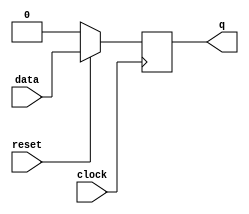
module dff_synchronous(q, reset, clock, data);// d_flipflop with synchronous reset
   input reset, clock, data;
   output q;
   reg 	  q;

   always @ (posedge clock)
     begin
	if(reset == 0)
	  q <= 0;
	else
	  q <= data;
     end
   
endmodule // dff_synchronous